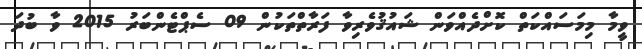
ވީމާ މިމަސައްކަތް ކޮށްދެއްވަން ޝައުޤުވެރިވާ ފަރާތްތަކުން 09 ސެޕްޓެންބަރު 2015 ވާ ބުދަ